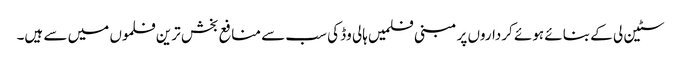
سٹین لی کے بنائے ہوئے کرداروں پر مبنی فلمیں ہالی وڈ کی سب سے منافع بخش ترین فلموں میں سے ہیں۔